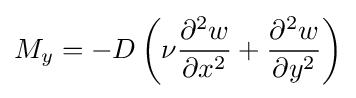
M_{y}=-D\left(\nu {\frac {\partial ^{2}w}{\partial x^{2}}}+{\frac {\partial ^{2}w}{\partial y^{2}}}\right)